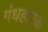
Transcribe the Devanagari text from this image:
गंधहारक